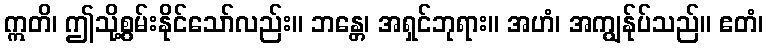
ဣတိ၊ ဤသို့စွမ်းနိုင်သော်လည်း။ ဘန္တေ၊ အရှင်ဘုရား။ အဟံ၊ အကျွန်ုပ်သည်။ ဧတံ၊